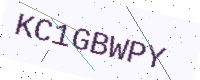
Text: KC1GBWPY